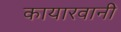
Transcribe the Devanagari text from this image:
कायारवानी